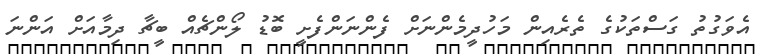
އެވަގުތު ގަސްތަކުގެ ތެރެއިން މަހުދީމެންނަށް ފެންނަންފެށީ ބޮޑު ލޯންޗެއް ބީޗާ ދިމާއަށް އަންނަ